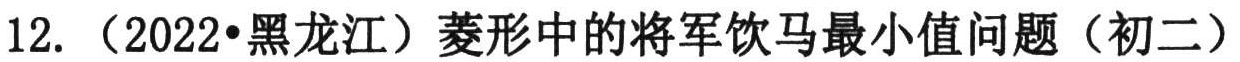
12. （2022•黑龙江）菱形中的将军饮马最小值问题（初二）